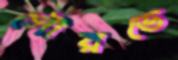
সৌরভে